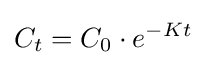
C_{t}=C_{0}\cdot e^{-Kt}